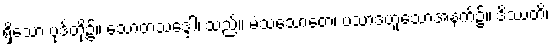
ရှိသော ပုဒ်တို့၌။ သောတသဒ္ဒေါ၊ သည်။ မံသသောတေ၊ ပသာဒဟူသောအနက်၌။ ဒိဿတိ၊